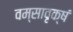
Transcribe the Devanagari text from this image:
वम्सावृक्षं